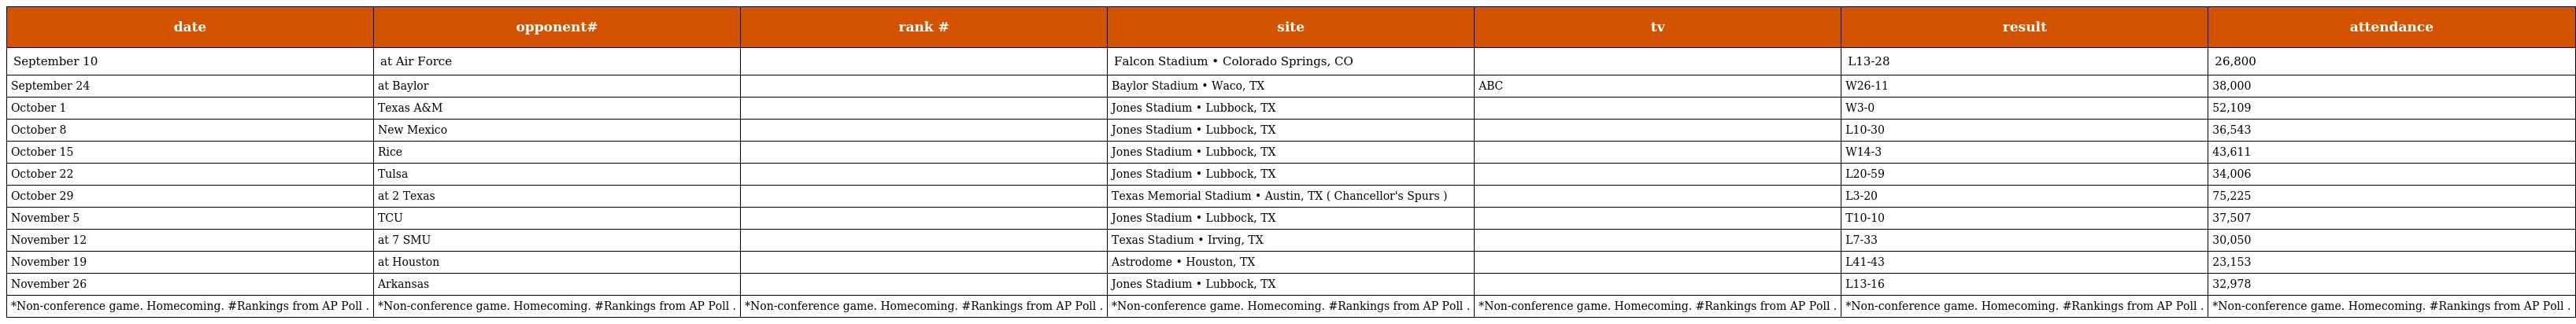
| date | opponent# | rank # | site | tv | result | attendance |
 | --- | --- | --- | --- | --- | --- | --- |
 | September 10 | at Air Force |  | Falcon Stadium • Colorado Springs, CO |  | L13-28 | 26,800 |
 | September 24 | at Baylor |  | Baylor Stadium • Waco, TX | ABC | W26-11 | 38,000 |
 | October 1 | Texas A&M |  | Jones Stadium • Lubbock, TX |  | W3-0 | 52,109 |
 | October 8 | New Mexico |  | Jones Stadium • Lubbock, TX |  | L10-30 | 36,543 |
 | October 15 | Rice |  | Jones Stadium • Lubbock, TX |  | W14-3 | 43,611 |
 | October 22 | Tulsa |  | Jones Stadium • Lubbock, TX |  | L20-59 | 34,006 |
 | October 29 | at 2 Texas |  | Texas Memorial Stadium • Austin, TX ( Chancellor's Spurs ) |  | L3-20 | 75,225 |
 | November 5 | TCU |  | Jones Stadium • Lubbock, TX |  | T10-10 | 37,507 |
 | November 12 | at 7 SMU |  | Texas Stadium • Irving, TX |  | L7-33 | 30,050 |
 | November 19 | at Houston |  | Astrodome • Houston, TX |  | L41-43 | 23,153 |
 | November 26 | Arkansas |  | Jones Stadium • Lubbock, TX |  | L13-16 | 32,978 |
 | *Non-conference game. Homecoming. #Rankings from AP Poll . | *Non-conference game. Homecoming. #Rankings from AP Poll . | *Non-conference game. Homecoming. #Rankings from AP Poll . | *Non-conference game. Homecoming. #Rankings from AP Poll . | *Non-conference game. Homecoming. #Rankings from AP Poll . | *Non-conference game. Homecoming. #Rankings from AP Poll . | *Non-conference game. Homecoming. #Rankings from AP Poll . |